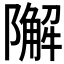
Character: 𨼬